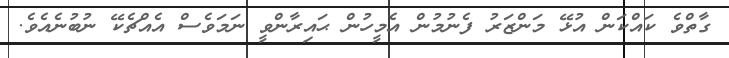
ގާތްވެ ކައްކަން އުޅޭ މަންޒަރު ފެނުމުން އެމީހުން ޙައިރާންވީ ނަމަވެސް އެއްޗެކޭ ނުބުނެއެވެ.